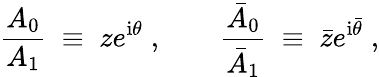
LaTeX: \frac{A_{0}}{A_{1}}\; \equiv\; ze^{\mathrm{i}\theta}\; ,~~~~~~~~\frac{\bar{A}_{0}}{\bar{A}_{1}}\; \equiv\; \bar{z}e^{\mathrm{i}\bar{\theta}}\; ,